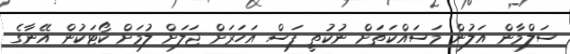
ސަލްމާން އަލުން މަސައްކަތަށް ނުކުތީ ފަސް އަހަރަށް ޖަލަށް ލުމަށް ކޯޓަކުން އޭނާގެ